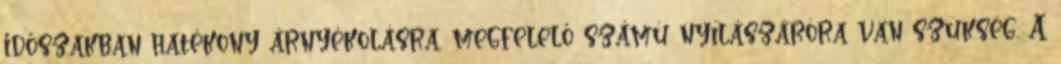
időszakban hatékony árnyékolásra, megfelelő számú nyílászáróra van szükség. A